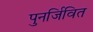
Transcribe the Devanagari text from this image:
पुनर्जिवित